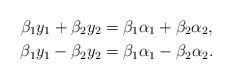
LaTeX: \begin{align*}\beta_1y_1+\beta_2y_2&=\beta_1\alpha_1+\beta_2\alpha_2,\\\beta_1y_1-\beta_2y_2&=\beta_1\alpha_1-\beta_2\alpha_2.\end{align*}